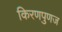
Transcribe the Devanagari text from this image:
किरणपुणज